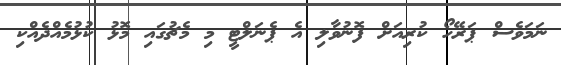
ނަމަވެސް ޕަރޭހޯ ކުރިއަށް ފޮނުވާލި އެ ޕެނަލްޓީ މި މެޗުގައި މޮޅު ކުޅުމެއްދެއްކި